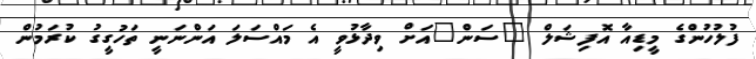
ފުލުހުންގެ މީޑިއާ އޮފިޝަލް "ސަން"އަށް ވިދާޅުވީ އެ މައްސަލަ އަންނަނީ ތަހުގީގު ކުރަމުން